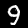
Digit: 9